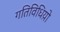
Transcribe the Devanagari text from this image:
गतिविधिय़ो